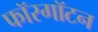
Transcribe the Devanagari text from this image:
फॉरगॉटन